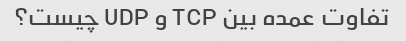
تفاوت عمده بین TCP و UDP چیست؟